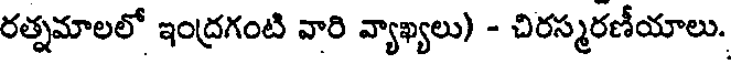
రత్నమాలలో ఇంద్రగంటి వారి వ్యాఖ్యలు) - చిరస్మరణీయాలు.